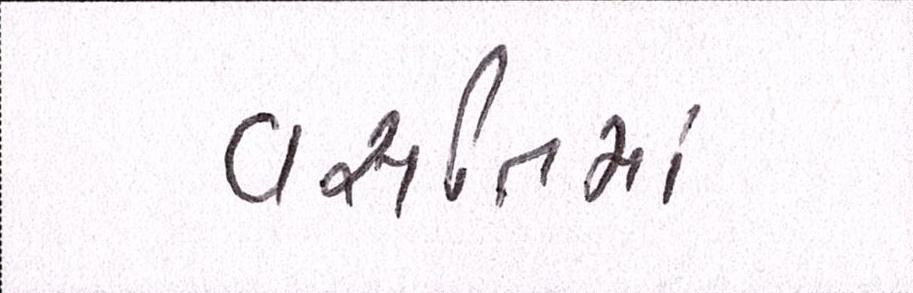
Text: વસતિમાં